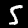
Digit: 5